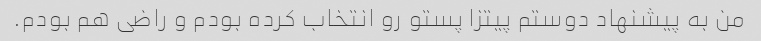
من به پیشنهاد دوستم پیتزا پستو رو انتخاب کرده بودم و راضی هم بودم.